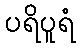
ပရိပူရံ